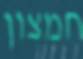
חמצון